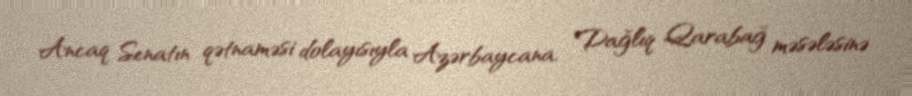
Ancaq Senatın qətnaməsi dolayısıyla Azərbaycana, Dağlıq Qarabağ məsələsinə